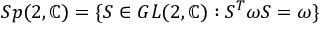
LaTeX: S p ( 2 , \mathbb { C } ) = \{ S \in G L ( 2 , \mathbb { C } ) : S ^ { T } \omega S = \omega \}